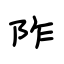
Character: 阼